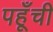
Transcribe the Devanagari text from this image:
पहूँची